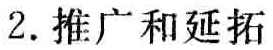
2. 推广和延拓